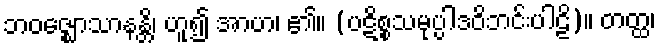
ဘဝဇ္ဈောသာနန္တိ၊ ဟူ၍ အာဟ၊ ၏။ (ပဋိစ္စသမုပ္ပါဒဝိဘင်းပါဠိ)။ တတ္ထ၊